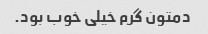
دمتون گرم خیلی خوب بود.